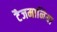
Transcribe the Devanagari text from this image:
टैजमानिया